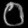
Digit: ၀